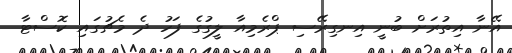
އޭނާ އިތުރަށް ބުނީ އިނގިރޭސި ޕްރެމިއާ ލީގުގެ ފަހު ދެ މެޗުގައި ކޮސްޓާ